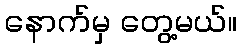
နောက်မှ တွေ့မယ်။